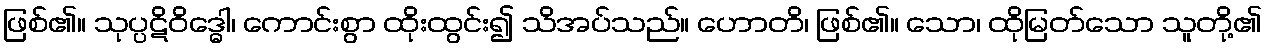
ဖြစ်၏။ သုပ္ပဋိဝိဒ္ဓေါ၊ ကောင်းစွာ ထိုးထွင်း၍ သိအပ်သည်။ ဟောတိ၊ ဖြစ်၏။ သော၊ ထိုမြတ်သော သူတို့၏